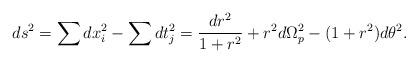
LaTeX: \begin{align*}ds^2 = \sum dx_i^2 - \sum dt_j^2= \frac{dr^2}{1 + r^2} + r^2 d\Omega_p^2 - (1 + r^2) d\theta^2.\end{align*}